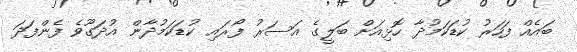
ބައެއް ފަހަރު ކުޑަކަމުދާ ހޮޅިއަށް ބަލީގެ އަސަރު ފޯރައި ކުޑަކަމުދާން އުދަގޫވެ ފެންފަދަ